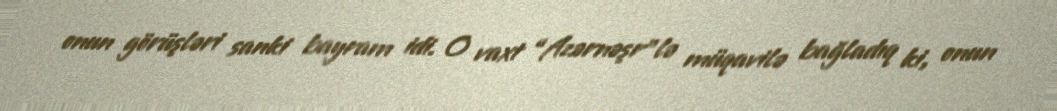
onun görüşləri sanki bayram idi. O vaxt “Azərnəşr”lə müqavilə bağladıq ki, onun